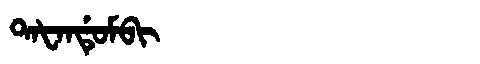
Manchu: ᡨᠠᡶᠠᠨᡩᡠᠮᠪᡳ
Romanization: TAFANDUMBI